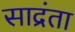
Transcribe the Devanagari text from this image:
साद्रंता